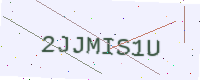
Text: 2JJMIS1U